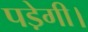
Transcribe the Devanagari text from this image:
पडे़गी।